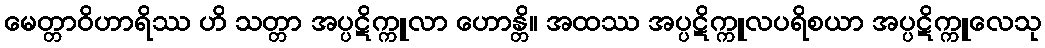
မေတ္တာဝိဟာရိဿ ဟိ သတ္တာ အပ္ပဋိက္ကူလာ ဟောန္တိ။ အထဿ အပ္ပဋိက္ကူလပရိစယာ အပ္ပဋိက္ကူလေသု